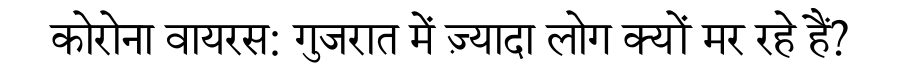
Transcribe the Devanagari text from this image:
कोरोना वायरस: गुजरात में ज़्यादा लोग क्यों मर रहे हैं?